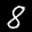
Label: 8